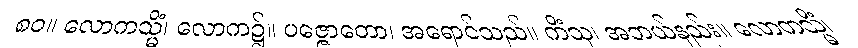
၈၀။ လောကသ္မိံ၊ လောက၌။ ပဇ္ဇောတော၊ အရောင်သည်။ ကိံသု၊ အဘယ်နည်း။ လောကသ္မိံ၊